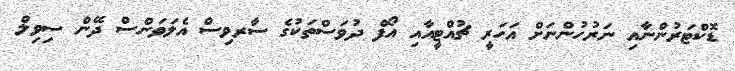
ޑޮކްޓަރުންނާއި ނަރުހުންނަށް އަހަރީ ޗުއްޓީއާއި އޯފް ދުވަސްތަކުގެ ސާރވިސް އެލަވަންސް ދޭން ސިވިލް